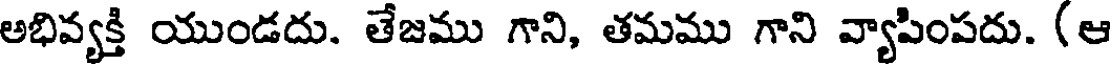
అభివ్యక్తి యుండదు. తేజము గాని, తమము గాని వ్యాపింపదు. (ఆ